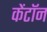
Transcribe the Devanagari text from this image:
केंटॉन